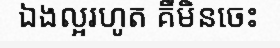
ឯងល្អរហូត គឺមិនចេះ